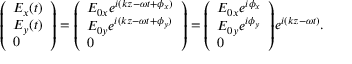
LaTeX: { \left( \begin{array} { l } { E _ { x } ( t ) } \\ { E _ { y } ( t ) } \\ { 0 } \end{array} \right) } = { \left( \begin{array} { l } { E _ { 0 x } e ^ { i ( k z - \omega t + \phi _ { x } ) } } \\ { E _ { 0 y } e ^ { i ( k z - \omega t + \phi _ { y } ) } } \\ { 0 } \end{array} \right) } = { \left( \begin{array} { l } { E _ { 0 x } e ^ { i \phi _ { x } } } \\ { E _ { 0 y } e ^ { i \phi _ { y } } } \\ { 0 } \end{array} \right) } e ^ { i ( k z - \omega t ) } .